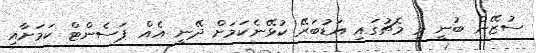
ސުޒޭން ބުނީ މި މެޗުގައި އަޑުބަރޭ ކުޅޭނެކަމަށް ދޭނީ އެއް ޕަސެންޓް ކަމަށާއި